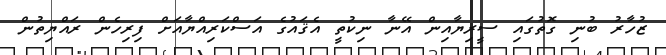
ޒުހާރު ބުނި ގޮތުގައި ސީރިޔާއިން އޭނާ ނިކުތީ އެޤައުުގެ އަސްކަރިއްޔާއަށް ފިރިހެން ރައްޔިތުން